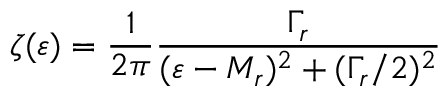
\zeta ( \varepsilon ) = \frac { 1 } { 2 \pi } \frac { \Gamma _ { r } } { ( \varepsilon - M _ { r } ) ^ { 2 } + ( \Gamma _ { r } / 2 ) ^ { 2 } }